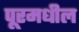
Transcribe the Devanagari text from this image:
पूरमधील